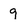
Character: 9